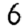
Digit: 6